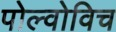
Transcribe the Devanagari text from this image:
पोल्वोविच